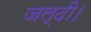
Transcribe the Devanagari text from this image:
जल्दी।